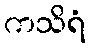
ကသိရံ